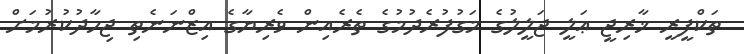
ތަކްފީރީ ޚާރިޖީ ޢަލީ ޖަލީލުގެ މަގުފުރެދުމުގެ ތެރެއިން ވެރިޔާގެ އިޒްނަނެތި ޖިހާދުކުރުމަށް